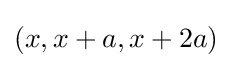
(x,x+a,x+2a)